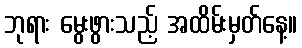
ဘုရား မွေးဖွားသည့် အထိမ်းမှတ်နေ့။